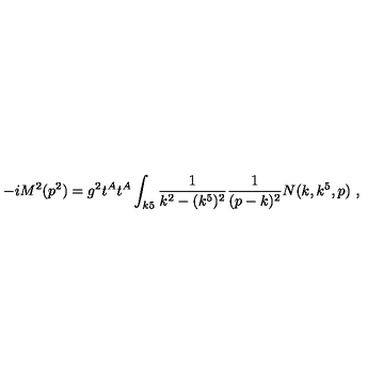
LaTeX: - i M ^ { 2 } ( p ^ { 2 } ) = g ^ { 2 } t ^ { A } t ^ { A } \int _ { k 5 } { \frac { 1 } { k ^ { 2 } - ( k ^ { 5 } ) ^ { 2 } } } { \frac { 1 } { ( p - k ) ^ { 2 } } } N ( k , k ^ { 5 } , p ) \ ,